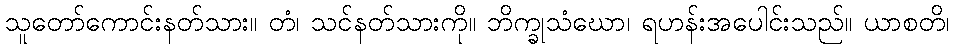
သူတော်ကောင်းနတ်သား။ တံ၊ သင်နတ်သားကို။ ဘိက္ခုသံဃော၊ ရဟန်းအပေါင်းသည်။ ယာစတိ၊